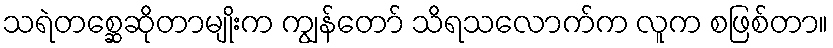
သရဲတစ္ဆေဆိုတာမျိုးက ကျွန်တော် သိရသလောက်က လူက စဖြစ်တာ။